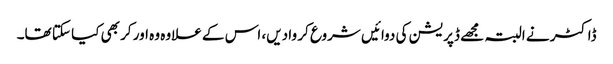
ڈاکٹر نے البتہ مجھے ڈپریشن کی دوائیں شروع کر وا دیں، اس کے علاوہ وہ اور کر بھی کیا سکتا تھا۔